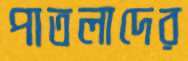
পাতলাদের